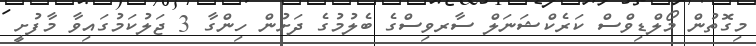
މިގޮތުން މޯލްޑިވްސް ކަރެކްޝަނަލް ސާރވިސްގެ ބެލުމުގެ ދަށުން ހިންގާ 3 ޖަލުކަމުގައިވާ މާފުށީ